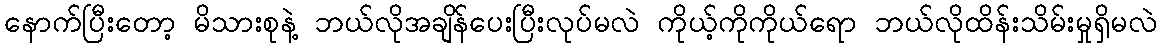
နောက်ပြီးတော့ မိသားစုနဲ့ ဘယ်လိုအချိန်ပေးပြီးလုပ်မလဲ ကိုယ့်ကိုကိုယ်ရော ဘယ်လိုထိန်းသိမ်းမှုရှိမလဲ